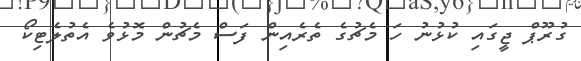
ގުރޫޕް ޖީގައި ކުޅުނު ހަ މެޗުގެ ތެރެއިން ފަސް މެޗުން މޮޅުވެ އެތުލެޓިކޯ